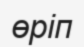
өріп